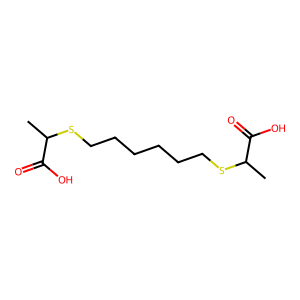
SMILES: CC(SCCCCCCSC(C)C(=O)O)C(=O)O
Inhibits HIV replication: No